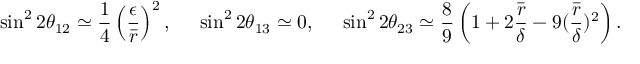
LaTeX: \sin ^ { 2 } 2 \theta _ { 1 2 } \simeq \frac { 1 } { 4 } \left( \frac { \epsilon } { \bar { r } } \right) ^ { 2 } , \; \; \; \; \; \sin ^ { 2 } 2 \theta _ { 1 3 } \simeq 0 , \; \; \; \; \; \sin ^ { 2 } 2 \theta _ { 2 3 } \simeq \frac { 8 } { 9 } \left( 1 + 2 \frac { \bar { r } } { \delta } - 9 ( \frac { \bar { r } } { \delta } ) ^ { 2 } \right) .